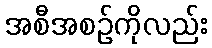
အစီအစဉ်ကိုလည်း